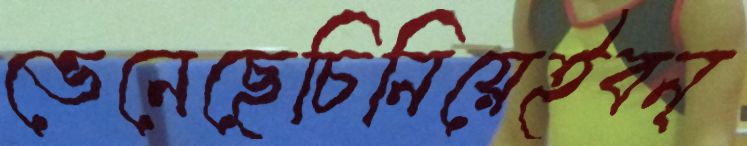
ভেনেছেচিনিয়েইবন্